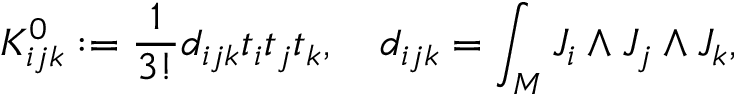
{ \cal K } _ { i j k } ^ { 0 } : = \frac { 1 } { 3 ! } d _ { i j k } t _ { i } t _ { j } t _ { k } , \quad d _ { i j k } = \int _ { M } J _ { i } \wedge J _ { j } \wedge J _ { k } ,